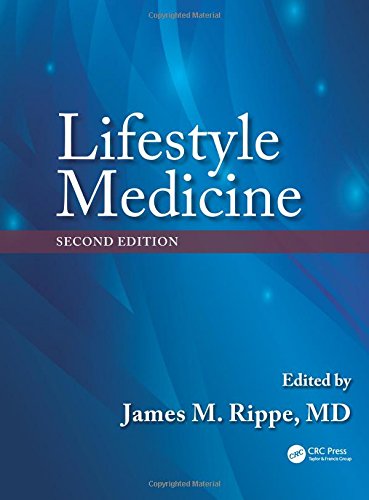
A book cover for Lifestyle Medicine, Second Edition; Health, Fitness & Dieting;